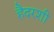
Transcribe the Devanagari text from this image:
हैदरशी